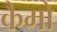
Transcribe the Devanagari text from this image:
कैमो